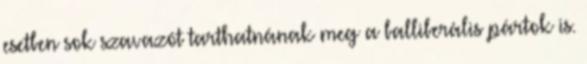
esetben sok szavazót tarthatnának meg a balliberális pártok is.